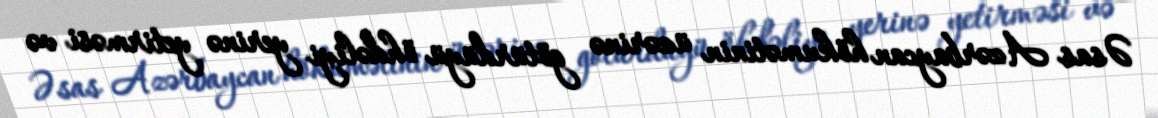
Əsas Azərbaycan hökumətinin üzərinə götürdüyü öhdəliyi yerinə yetirməsi və